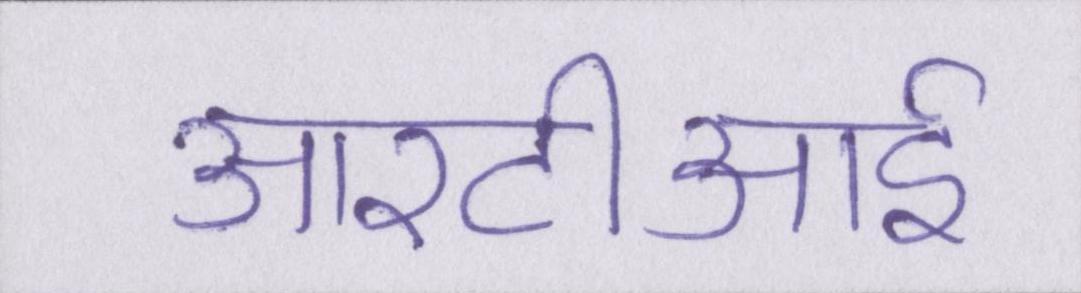
आरटीआई